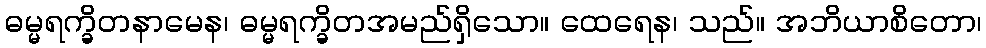
ဓမ္မရက္ခိတနာမေန၊ ဓမ္မရက္ခိတအမည်ရှိသော။ ထေရေန၊ သည်။ အဘိယာစိတော၊